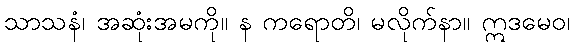
သာသနံ၊ အဆုံးအမကို။ န ကရောတိ၊ မလိုက်နာ။ ဣဒမေဝ၊